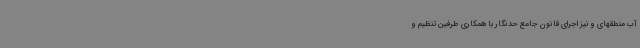
آب منطقهای و نیز اجرای قانون جامع حدنگار با همکاری طرفین تنظیم و